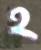
হ